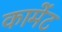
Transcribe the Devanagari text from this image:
कामेंट